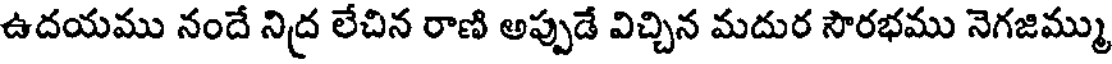
ఉదయము నందే నిద్ర లేచిన రాణి అప్పుడే విచ్చిన మదుర సౌరభము నెగజిమ్ము